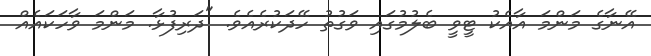
އޭނާގެ މަންމަ އާއެކު ޓީވީ ބެލުމުގައި ވަގުތު ހޭދަކުރެއެވެ. "ދަރިފުޅާ. މަންމަ ވާހަކައެއް